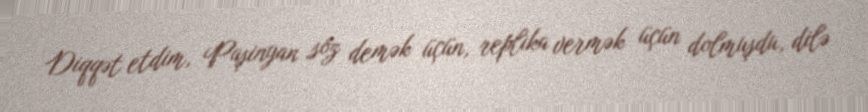
Diqqət etdim, Paşinyan söz demək üçün, replika vermək üçün dolmuşdu, dilə